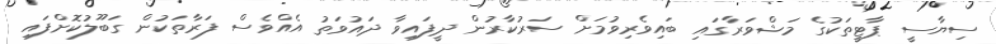
ސިޔާސީ ޕާޓީތަކުގެ މަޝްވަރާގައި ބައިވެރިވުމަށް ސަރުކާރުން ދީފައިވާ ދައުވަތު އެއްވެސް ފަރާތަކުން ގަބޫލުކޮށްފައި